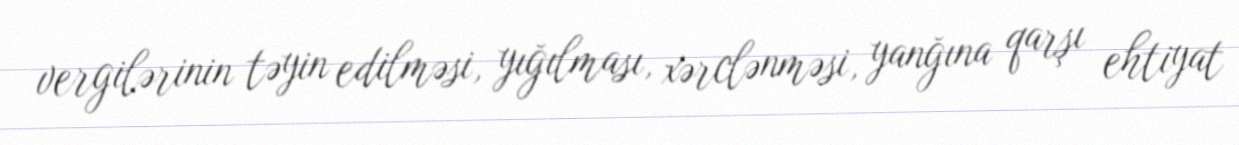
vergilərinin təyin edilməsi, yığılması, xərclənməsi, yanğına qarşı ehtiyat